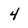
Character: 4